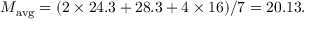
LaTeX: M _ { \mathrm { a v g } } = ( 2 \times 2 4 . 3 + 2 8 . 3 + 4 \times 1 6 ) / 7 = 2 0 . 1 3 .